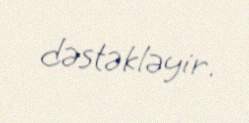
dəstəkləyir.